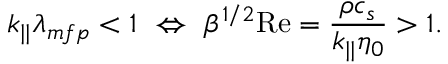
k _ { | | } \lambda _ { m f p } < 1 \ \Leftrightarrow \ \beta ^ { 1 / 2 } \mathrm { R e } = \frac { \rho c _ { s } } { k _ { | | } \eta _ { 0 } } > 1 .